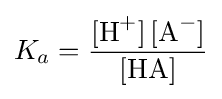
K_{a}={\frac {{\ce {[H+] [A^{-}]}}}{{\ce {[HA]}}}}